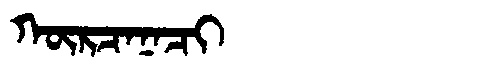
Manchu: ᡴᡡᡵᠴᠠᠨᠠᠴᡳ
Romanization: KŪRCANACI